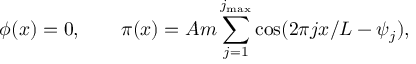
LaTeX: \phi ( x ) = 0 , \qquad \pi ( x ) = A m \sum _ { j = 1 } ^ { j _ { \mathrm { m a x } } } \cos ( 2 \pi j x / L - \psi _ { j } ) ,